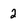
Character: 2